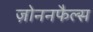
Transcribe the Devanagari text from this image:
ज़ोननफैल्स